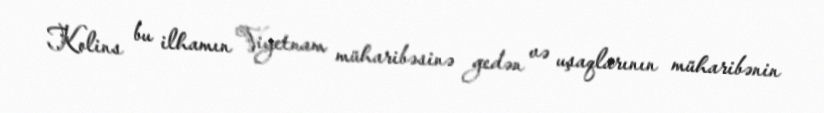
Kolins bu ilhamın Viyetnam müharibəsinə gedən və uşaqlarının müharibənin